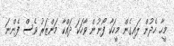
މީހާ ހެދުން ލައިގެން މީހަކާ ފޯނުން ވާހަކަ ދައްކާ މަންޒަރު ވެސް ފެންނަ